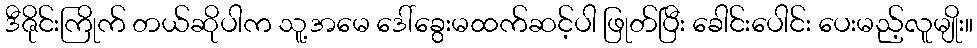
ဒီဇိုင်းကြိုက် တယ်ဆိုပါက သူ့အမေ ဒေါ်ခွေးမထက်ဆင့်ပါ ဖြုတ်ပြီး ခေါင်းပေါင်း ပေးမည့်လူမျိုး။